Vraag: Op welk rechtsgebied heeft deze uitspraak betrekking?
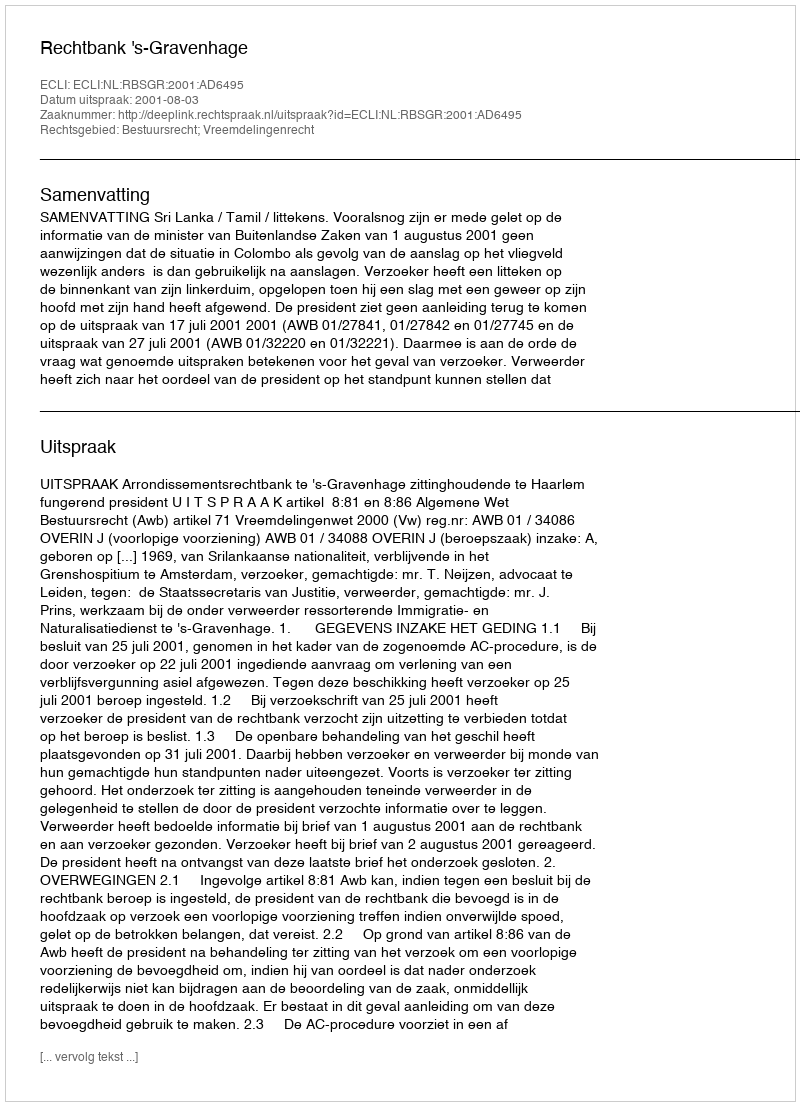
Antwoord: Bestuursrecht; Vreemdelingenrecht